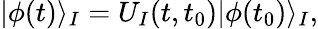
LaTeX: |\phi(t)\rangle_{I}=U_{I}(t,t_{0})|\phi(t_{0})\rangle_{I},